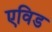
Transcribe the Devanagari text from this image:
एविड